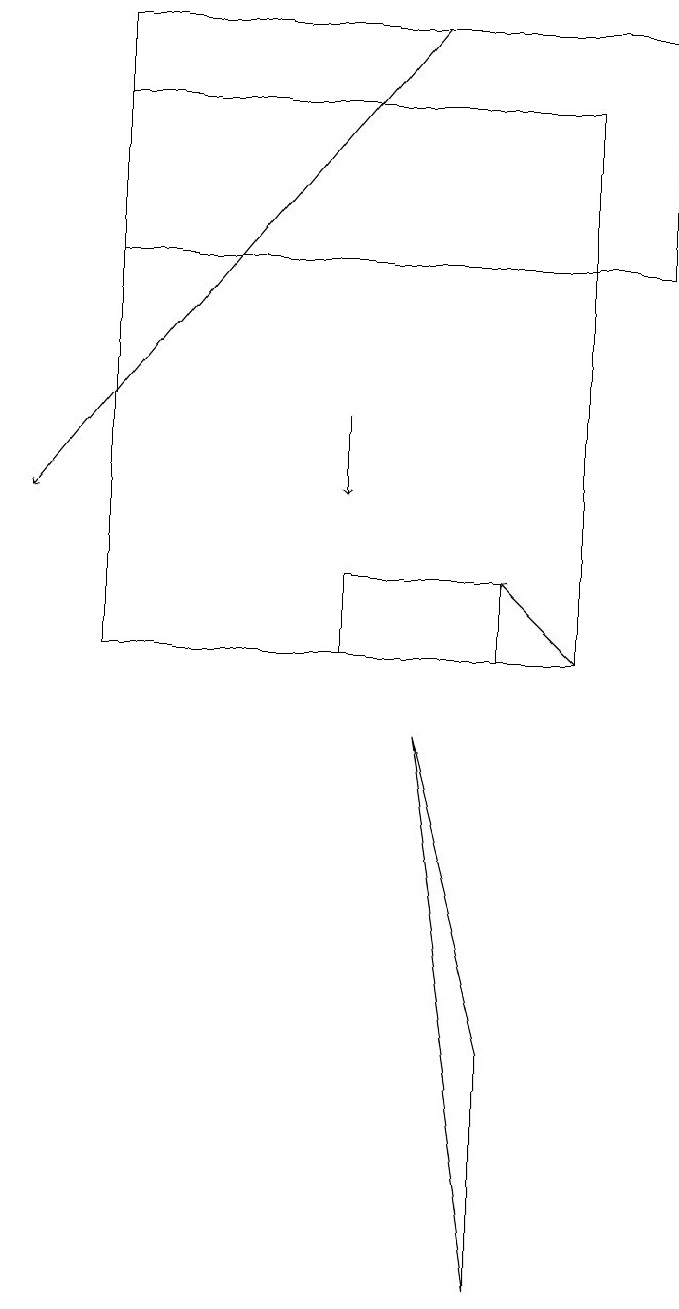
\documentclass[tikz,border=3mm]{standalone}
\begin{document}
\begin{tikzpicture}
\draw[->] (4,13) -- (4,12);
\draw (1,15) rectangle (8,18);
\draw[->] (7,10) -- (6,11);
\draw[->] (5,18) -- (0,12);
\draw (4,10) rectangle (6,11);
\draw (7,17) rectangle (1,10);
\draw (5,9) -- (6,5) -- (6,2) -- cycle;
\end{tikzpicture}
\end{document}